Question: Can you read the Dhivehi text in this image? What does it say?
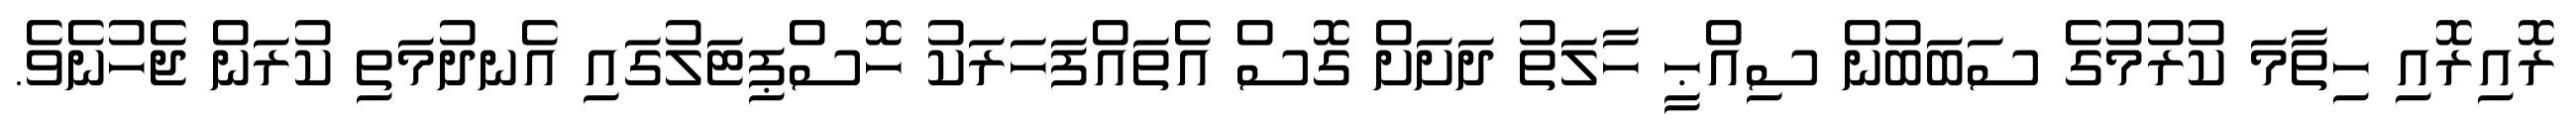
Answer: ރޮއިރޮއި ހިތާމަ ކުރުމުގެ ސަބަބުން ސިއްޙީ ހާލަތު ދަށަށް ގޮސް އެތައްފަހަރަކު ހޮސްޕިޓަލުގައި އެނދުމަތި ކުރަން ޖެހުނެވެ.